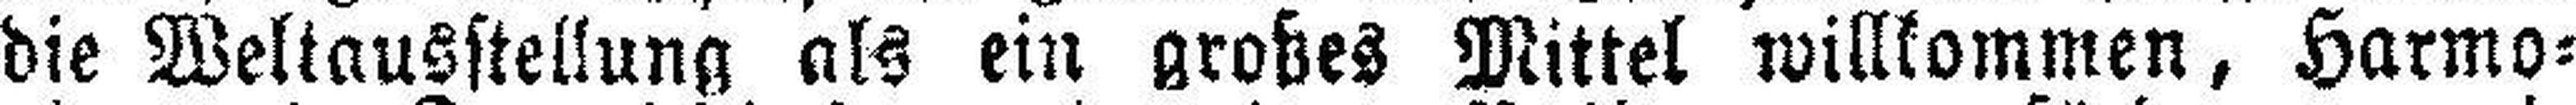
die Weltausstellung als ein grobes Mittel willkommen, Harmo¬